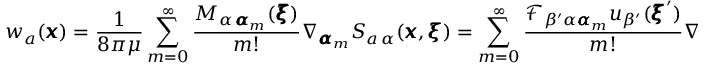
w _ { a } ( { \pmb x } ) = \frac { 1 } { 8 \pi \mu } \sum _ { m = 0 } ^ { \infty } \frac { M _ { \alpha \, { \pmb \alpha } _ { m } } ( { \pmb \xi } ) } { m ! } \nabla _ { { \pmb \alpha } _ { m } } S _ { a \, \alpha } ( { \pmb x } , { \pmb \xi } ) = \sum _ { m = 0 } ^ { \infty } \frac { \mathcal { F } _ { \beta ^ { \prime } \alpha { \pmb \alpha } _ { m } } u _ { \beta ^ { \prime } } ( { \pmb \xi } ^ { \prime } ) } { m ! } \nabla _ { { \pmb \alpha } _ { m } } S _ { a \, \alpha } ( { \pmb x } , { \pmb \xi } )